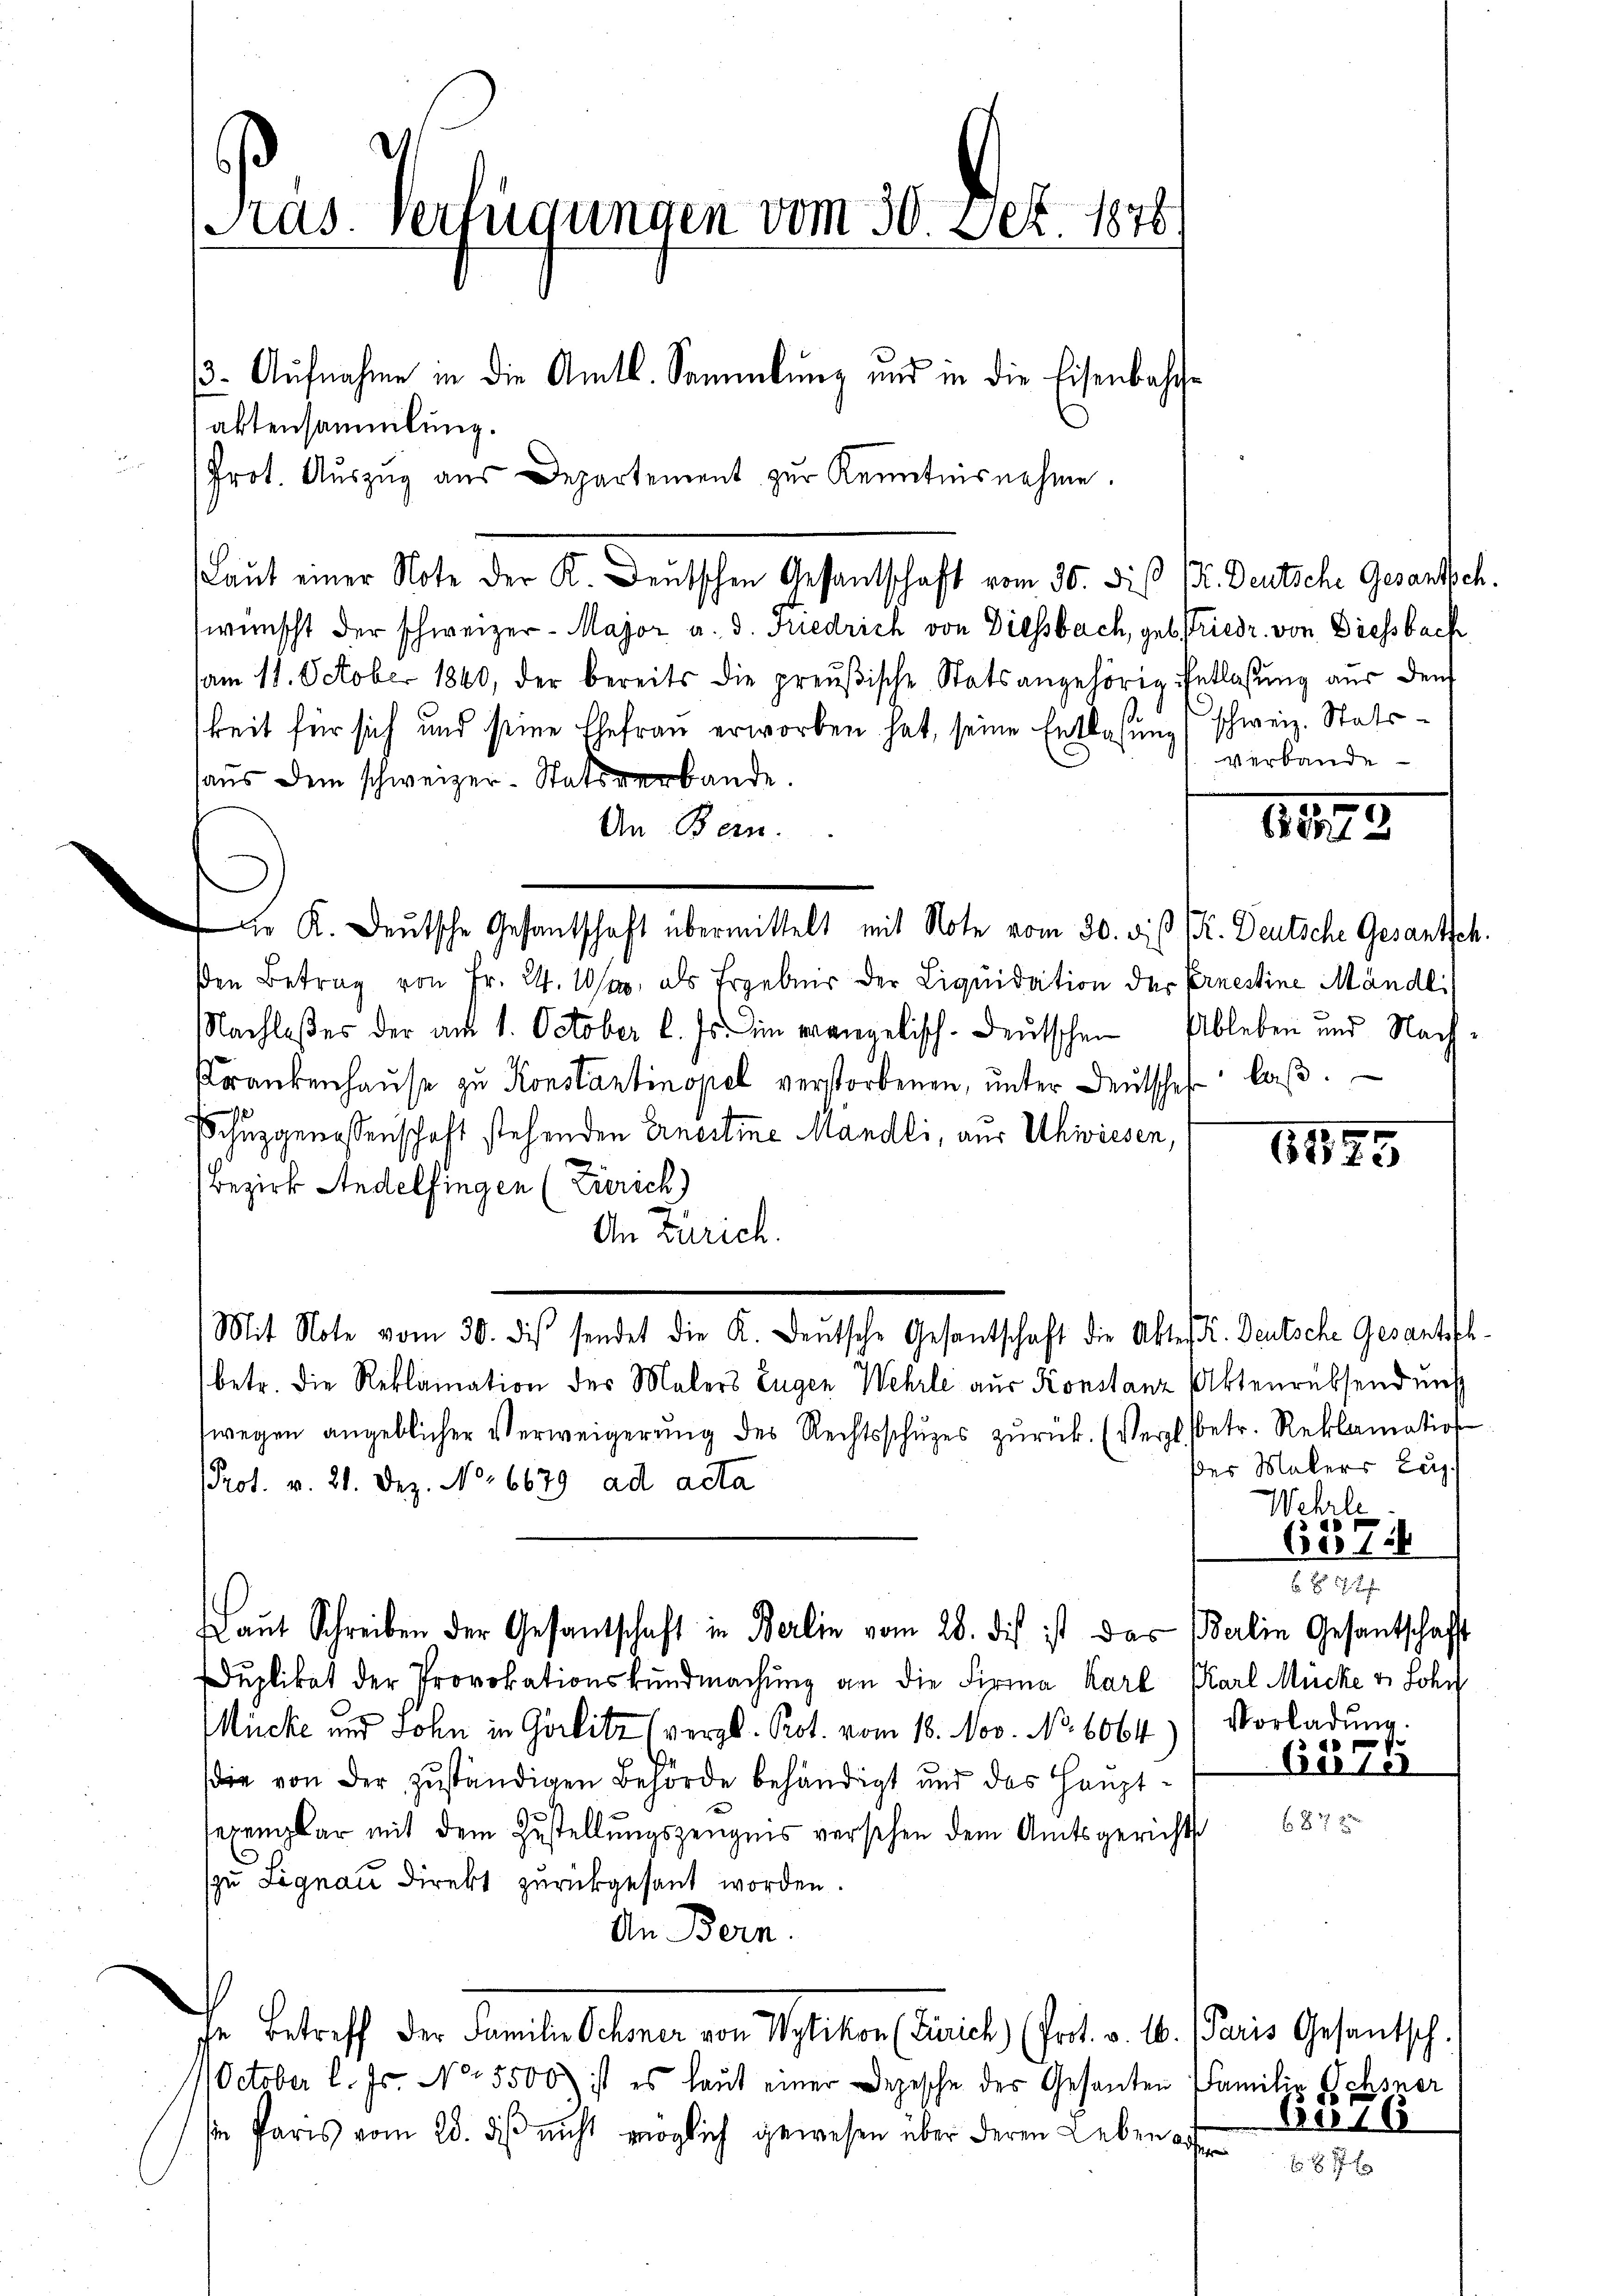
aktensammlung.
Prot. Auszug aus Departement zur Kenntnisnehme.
wünscht der schweizer-Major a. d. Friedrich von Diessbach, geb striedr. von Diessbach
am 11. October 1840, der bereits die preŭβische Statsangehörig Entlassŭng aŭs dem
keit für sich und seine Ehefrau erworben hat, seine Entlaßung (schweiz. Statshaus dem schweizer-Statsverbande.
An Bern.
 K. Deutsche Gesantschaft übermittelt mit Note vom 30. d. d. M. Deutsche Gesantsch.
sen Betrag von Fr. 24. Was als Ergebnis der Liquidation der Ernestine Mändl
Nachlaßes der am 1. October l. Js. im vorgelisch-deutschen Ableben und Nach¬
Krankenhause zu Konstantinopel verstorbenen, unter Deutschef laβ.
chuzgenoßenschaft stehenden Erneitme Mändli, aus Uhwiesen, 181955
Bezirk Andelfingen (Zürich)
An Zürich.
Mit Note vom 30. di sendet die K. Deutsche Gesantschaft die Alter K. Deutsche Gesantsch.
betr. die Reklamation der Malers Zugen Wehrle aus Konstanz Aktenrübsendung
wegen angeblicher Verweigerŭng des Rechtsschŭzes zŭrück. (Vergl. betr. Reklamation
Prot. v. 21. Dez. No 6679 ad acta
aut Schreiben der Gesantschaft in Berlin vom 28. dis ist das Balin Gesantschaft
uplikat der Provokationskundmachung an die Firma Karl Karl Mücke v Lohn
Mücke und John in Görlitz (vergl. Prot. vom 18. Nov. No. 6064) (Vorladung.
die von der zuständigen Behörde behändigt und das Hauptsexemplar mit dem Zustellungszeugnis versehen dem Amtsgerichts
zu Signau direkt zurückgesant worden.
An Bern.
che Betreff der Familie Schmer von Wytikon (Einrich (Prit. v. 16. Paris Gesantsch.
October l. Js. No. 5500) ist es laut einer Depesche des Gesanten Familie Ochsner
sie Paris vom 28. ds nicht möglich gewesen über deren Leben aufen

Pras. Verfügungen vom 30. Seb. 1878

(3. Aufnahme in die Amtl. Sammlung und in die Eisenbahre

Laut einer Note der K. Deutschen Gesandtschaft vom 16. dieß 12. Deutsche Gesandtsch.

Verbande

1522

Der Malers Luz
Wehrle
6816
 x 2
f
Ber 181

62

6376.